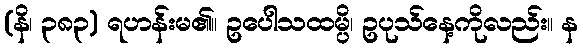
(နိ၊ ၃၈၃) ရဟန်းမ၏။ ဥပေါသထမ္ပိ၊ ဥပုသ်နေ့ကိုလည်း။ န